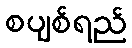
စပျစ်ရည်